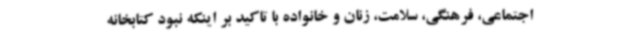
اجتماعی، فرهنگی، سلامت، زنان و خانواده با تاکید بر اینکه نبود کتابخانه